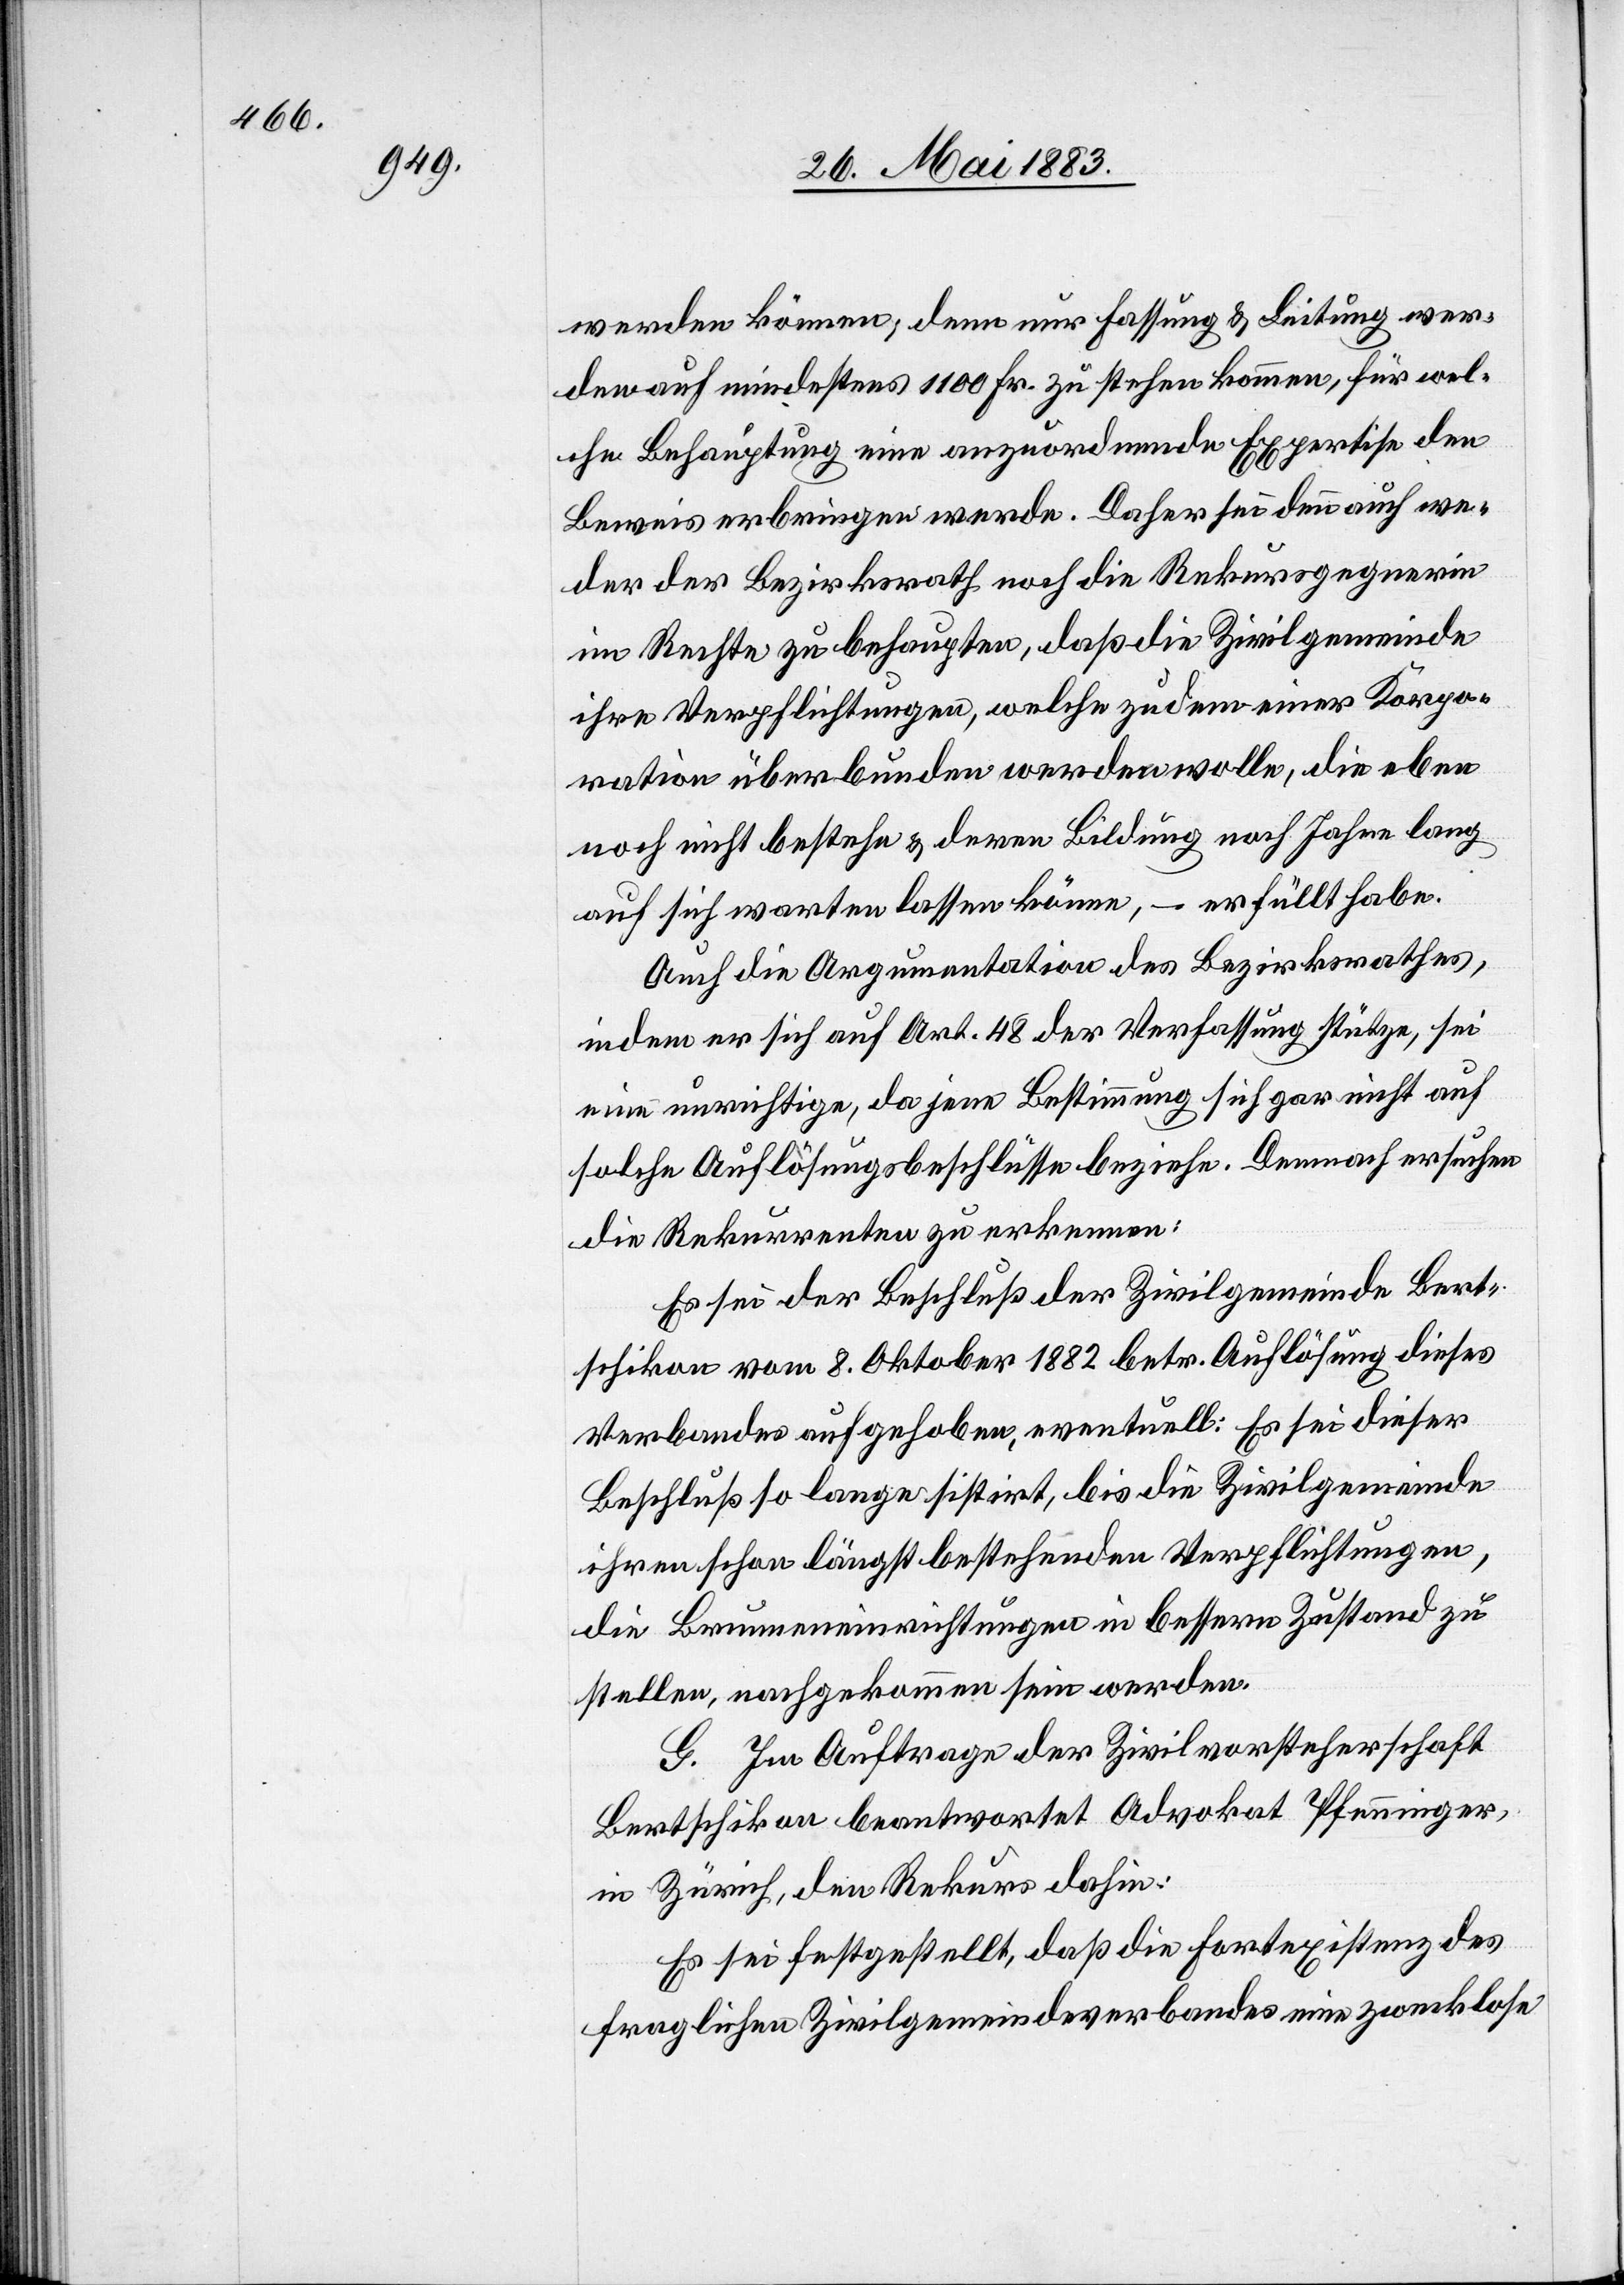
werden können, denn nur Fassung & Leitung wer¬
den auf mindestens 1100 Fr. zu stehen kommen, für wel¬
che Behauptung eine anzuordnende Expertise den
Beweis erbringen werde. Daher sei denn auch we¬
der der Bezirksrath noch die Rekursgegnerin
im Rechte zu behaupten, daß die Zivilgemeinde
ihre Verpflichtungen, welche zudem einer Korpo¬
ration überbunden werden wolle, die eben
noch nicht bestehe & deren Bildung noch Jahre lang
auf sich warten lassen könne, – erfüllt habe.
Auch die Argumentation des Bezirksrathes,
indem er sich auf Art. 48 der Verfassung stütze, sei
eine unrichtige, da jene Bestimmung sich gar nicht auf
solche Auflösungsbeschlüsse beziehe. Demnach ersuchen
die Rekurrenten zu erkennen:
Es sei der Beschluß der Zivilgemeinde Bert¬
schikon vom 8. Oktober 1882 betr. Auflösung dieses
Verbandes aufgehoben, eventuell: Es sei dieser
Beschluß so lange sistirt, bis die Zivilgemeinde
ihren schon längst bestehenden Verpflichtungen,
die Brunneneinrichtungen in bessern Zustand zu
stellen, nachgekommen sein werden.
G. Im Auftrage der Zivilvorsteherschaft
Bertschikon beantwortet Advokat Pfenninger,
in Zürich, den Rekurs dahin:
Es sei festgestellt, daß die Fortexistenz des
fraglichen Zivilgemeindeverbandes eine zwecklose